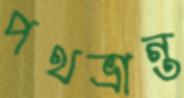
পথভ্রান্ত